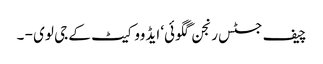
چیف جسٹس رنجن گگوئی‘ ایڈووکیٹ کے جی لوی - ۔